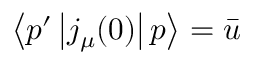
\left\langle p ^ { \prime } \left| j _ { \mu } ( 0 ) \right| p \right\rangle = \bar { u }